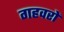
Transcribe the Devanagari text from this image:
गहवरों